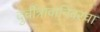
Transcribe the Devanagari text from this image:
दुर्चीत्रावानिवरचा